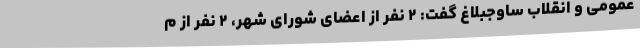
عمومی و انقلاب ساوجبلاغ گفت: ۲ نفر از اعضای شورای شهر، ۲ نفر از م